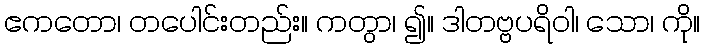
ဧကတော၊ တပေါင်းတည်း။ ကတွာ၊ ၍။ ဒါတဗ္ဗပရိဝါ၊ သော၊ ကို။